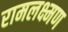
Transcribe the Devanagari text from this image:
रामलक्ष्मण